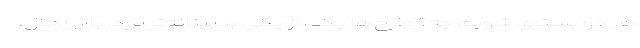
هر دو بستری شویم چه؟ طرح‌ها یکی از یکی بدبینانه‌تر بود. بااین‌حال،